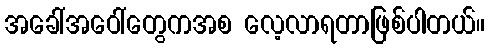
အခေါ်အဝေါ်တွေကအစ လေ့လာရတာဖြစ်ပါတယ်။